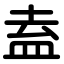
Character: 盍